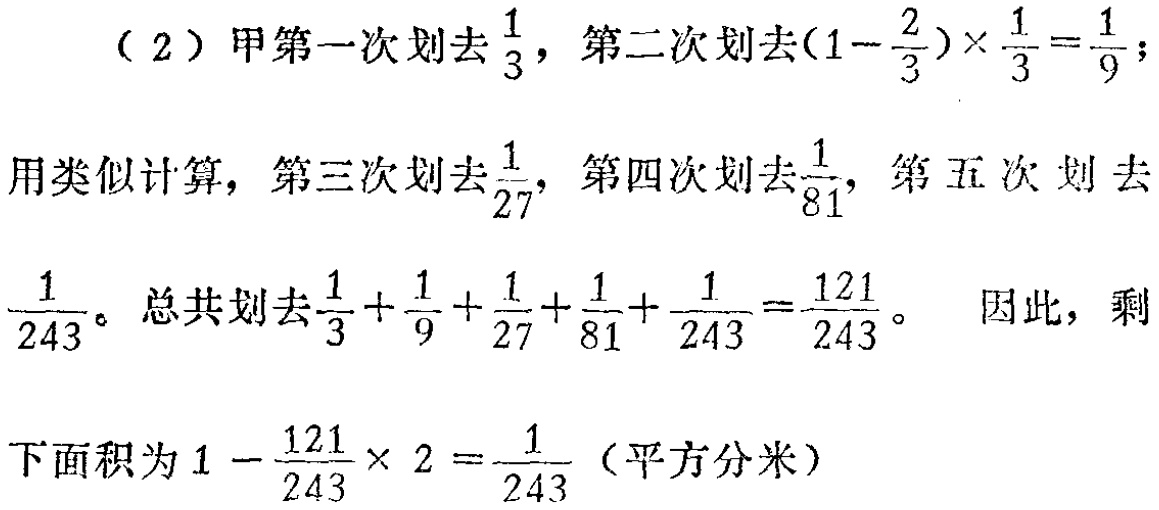
（2）甲第一次划去$\frac{1}{3}$，第二次划去$(1 - \frac{2}{3})×\frac{1}{3}=\frac{1}{9}$；

用类似计算，第三次划去$\frac{1}{27}$，第四次划去$\frac{1}{81}$，第五次划去$\frac{1}{243}$。总共划去$\frac{1}{3}+\frac{1}{9}+\frac{1}{27}+\frac{1}{81}+\frac{1}{243}=\frac{121}{243}$。 因此，剩

下面积为$1 - \frac{121}{243}× 2 = \frac{1}{243}$（平方分米）